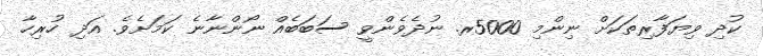
ކުދި ވިޔަފާރިތަކަށް ނިންމި 5000ރ. ނުދެވެންވީ ސަބަބެއް ނޯންނާނެ ކަމަށެވެ. އަދި ހުރިހާ